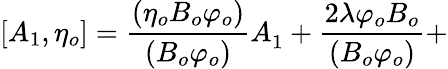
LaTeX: \lbrack A_{1},\eta_{o}]=\frac{(\eta_{o}B_{o}\varphi_{o})}{(B_{o}\varphi_{o})}A_{1}^{{}}+\frac{2\lambda\varphi_{o}B_{o}}{(B_{o}\varphi_{o})}+